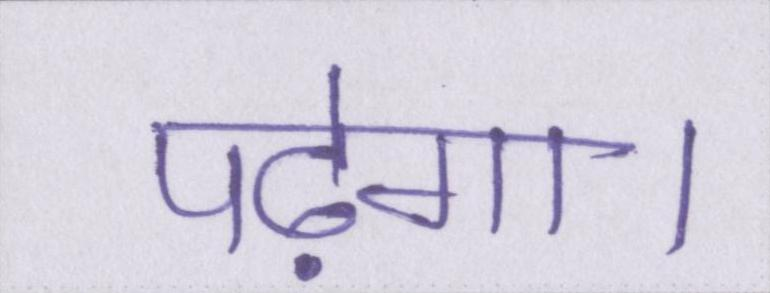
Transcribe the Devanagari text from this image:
पढ़ेगा।